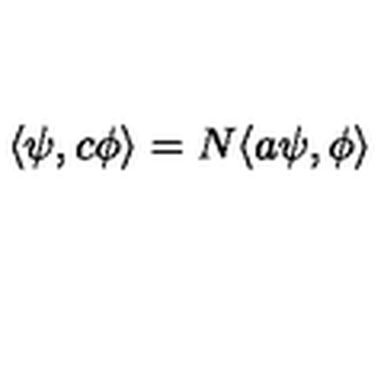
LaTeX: \langle \psi , c \phi \rangle = N \langle a \psi , \phi \rangle